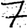
Digit: 7